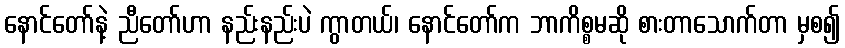
နောင်တော်နဲ့ ညီတော်ဟာ နည်းနည်းပဲ ကွာတယ်၊ နောင်တော်က ဘာကိစ္စမဆို စားတာသောက်တာ မှစ၍